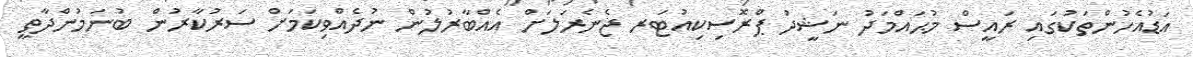
އަޑުއެހުންތަކުގައި ރައީސް މުޙައްމަދު ނަޝީދު ޕްރޮސިކިއުޓަރ ޖެނެރަލަށް އެއްބާރުލުން ނުދެއްވިކަމަށް ސަރުކާރުން ބުނަމުންދާތީ